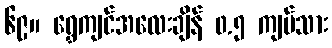
၆၉။ ရွှေကျင်အလေးချိန် ၀.၅ ကျပ်သား